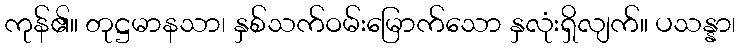
ကုန်၏။ တုဋ္ဌမာနသာ၊ နှစ်သက်ဝမ်းမြောက်သော နှလုံးရှိလျက်။ ပသန္နာ၊